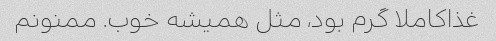
غذاکاملا گرم بود، مثل همیشه خوب. ممنونم